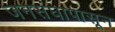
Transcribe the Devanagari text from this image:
जनसंघापासून